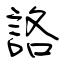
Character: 詻